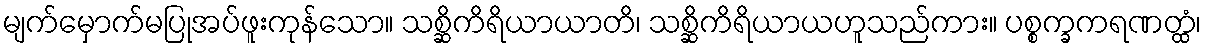
မျက်မှောက်မပြုအပ်ဖူးကုန်သော။ သစ္ဆိကိရိယာယာတိ၊ သစ္ဆိကိရိယာယဟူသည်ကား။ ပစ္စက္ခကရဏတ္ထံ၊